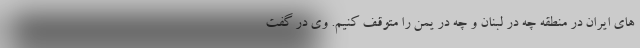
های ایران در منطقه چه در لبنان و چه در یمن را متوقف کنیم. وی در گفت